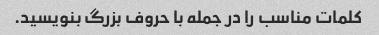
کلمات مناسب را در جمله با حروف بزرگ بنویسید.